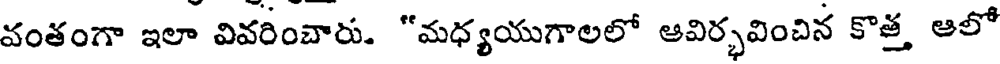
వంతంగా ఇలా వివరించారు. "మధ్యయుగాలలో ఆవిర్భవించిన కొత్త ఆలో